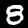
Label: 8